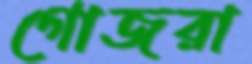
গোজরা